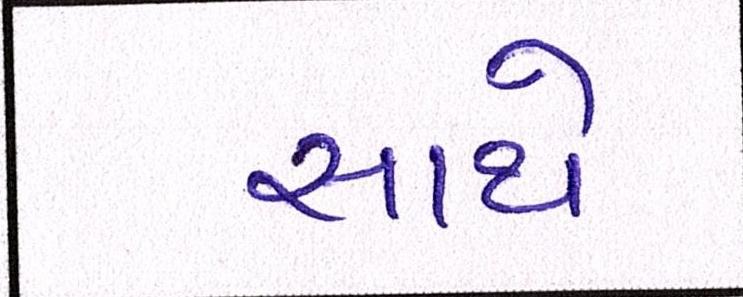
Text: સાથે